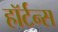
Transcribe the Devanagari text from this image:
हॉर्टन्स